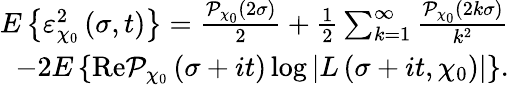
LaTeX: \begin{array}{r}{E\left\{ \varepsilon_{\chi_{0}}^{2}\left(\sigma,t\right)\right\} =\frac{\mathcal{P}_{\chi_{0}}(2\sigma)}{2}+\frac{1}{2}\sum_{k=1}^{\infty}\frac{\mathcal{P}_{\chi_{0}}(2k\sigma)}{k^{2}}}\\ {-2E\left\{ \textnormal{Re}\mathcal{P}_{\chi_{0}}\left(\sigma+it\right)\log\left|L\left(\sigma+it,\chi_{0}\right)\right|\right\} .}\end{array}